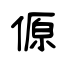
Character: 傆